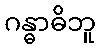
ဂန္ဓာဓိဘူ